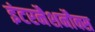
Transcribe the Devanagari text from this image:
इंटरनैशनौक्स